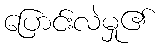
ပြောင်းလဲမှု၏